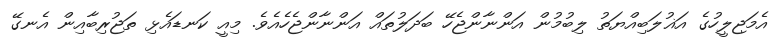
އެމަޖިލީހުގެ އަޣުލަބިއްޔަތު ލިބުމުން އަންނާންޖެހޭ ބަދަލުތައް އަންނާންޖެހެއެވެ. މިއީ ކަނޑައެޅި ތަޖުރިބާއިން އެނގޭ